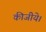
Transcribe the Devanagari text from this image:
कीजीये।